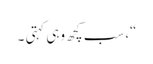
“، سب کچھ وہی کہتی ۔